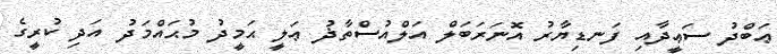
ޢަބްދު ސަޢީދާއި ފަނޑިޔާރު އޮނަރަބަލް އަލްއުސްތާޛު ޢަލީ ޙަމީދު މުޙައްމަދު އަދި ކުރީގެ